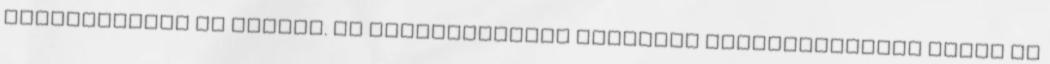
felelősségük is óriási. Az menekültekkel szembeni atrocitásokhoz nekik is